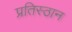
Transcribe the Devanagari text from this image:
प्रतिस्ठान